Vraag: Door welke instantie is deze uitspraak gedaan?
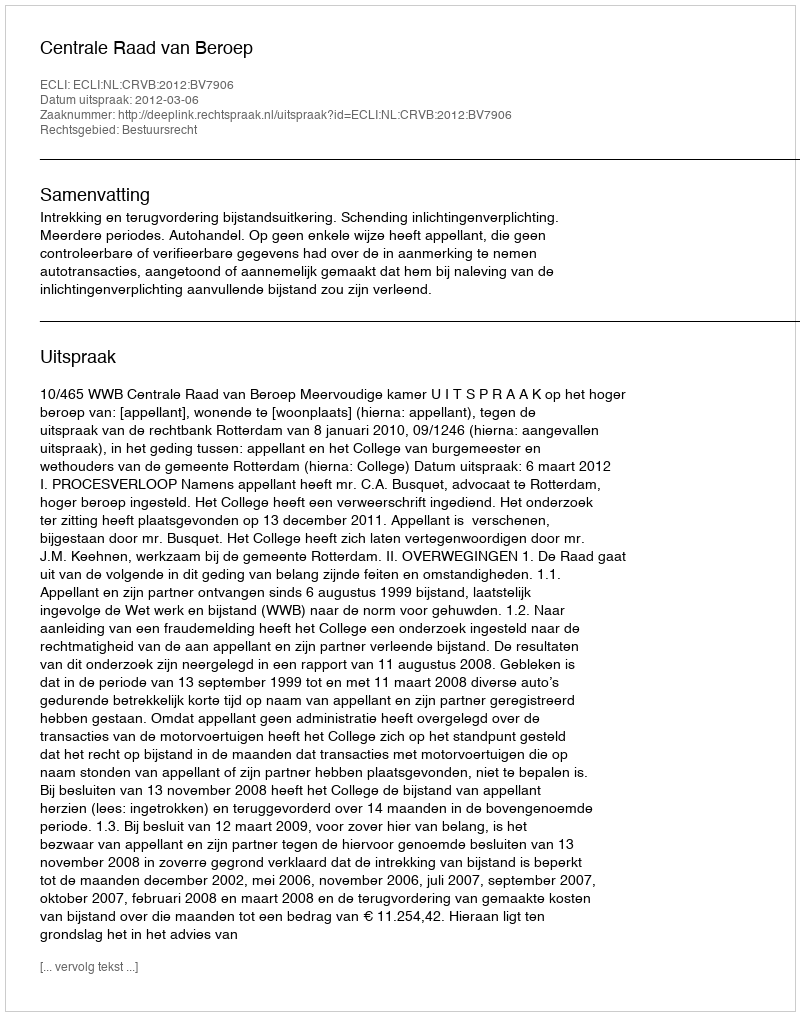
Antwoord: Centrale Raad van Beroep